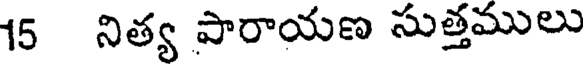
15 నిత్య పారాయణ సుత్తములు